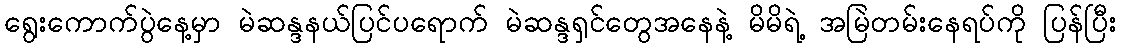
ရွေးကောက်ပွဲနေ့မှာ မဲဆန္ဒနယ်ပြင်ပရောက် မဲဆန္ဒရှင်တွေအနေနဲ့ မိမိရဲ့ အမြဲတမ်းနေရပ်ကို ပြန်ပြီး